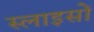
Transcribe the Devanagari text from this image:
स्लाइसों